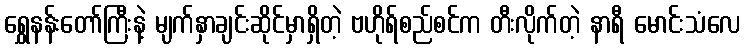
ရွှေနန်းတော်ကြီးနဲ့ မျက်နှာချင်းဆိုင်မှာရှိတဲ့ ဗဟိုရ်စည်စင်က တီးလိုက်တဲ့ နာရီ မောင်းသံလေ